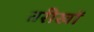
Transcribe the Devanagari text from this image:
तरीखों